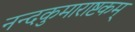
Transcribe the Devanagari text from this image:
नन्दकुमाराष्टकम्